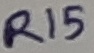
Text: R15